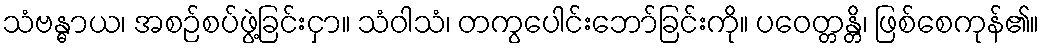
သံဗန္ဓာယ၊ အစဉ်စပ်ဖွဲ့ခြင်းငှာ။ သံဝါသံ၊ တကွပေါင်းဘော်ခြင်းကို။ ပဝေတ္တန္တိ၊ ဖြစ်စေကုန်၏။